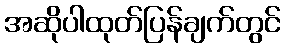
အဆိုပါထုတ်ပြန်ချက်တွင်